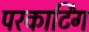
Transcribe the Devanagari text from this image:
परकार्टिंग